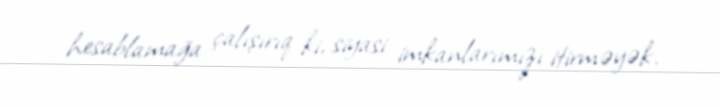
hesablamağa çalışırıq ki, siyasi imkanlarımızı itirməyək.